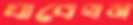
যাবেখন